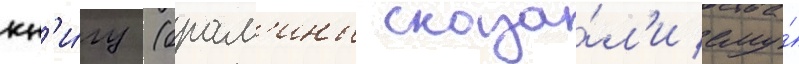
кн'и́гу (брам'ины сказа́л'и ему́